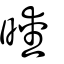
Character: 曖